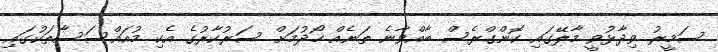
ސަމީރު ވިދާޅުވީ މާލޭގައި ކޮންގްރެސް ބާއްވާނެ ތަނެއް ހޯދުމަށް ސަރުކާރުގެ އެކި މުއައްސަސާތަކުގައި